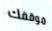
موقفك